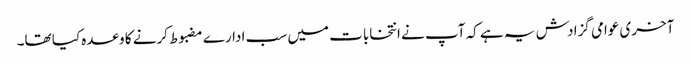
آخری عوامی گزادش یہ ہے کہ آپ نے انتخابات میں سب ادارے مضبوط کرنے کا وعدہ کیا تھا۔